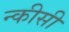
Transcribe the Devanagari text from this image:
न्कीसी